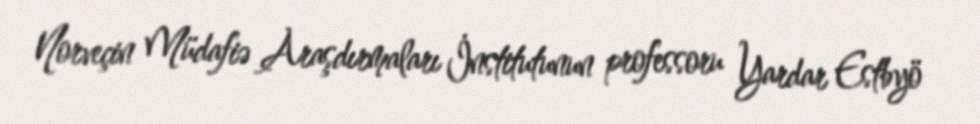
Norveçin Müdafiə Araşdırmaları İnstitutunun professoru Yardar Estbyö